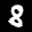
Label: 8